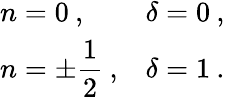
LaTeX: \begin{array}{ll}{{n=0\: ,}}&{{\delta=0\: ,}}\\ {{n=\pm\displaystyle\frac{1}{2}\: ,}}&{{\delta=1\: .}}\end{array}